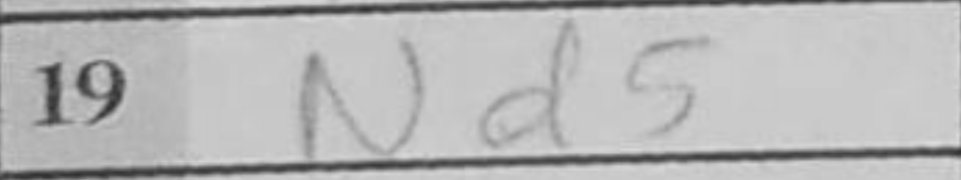
Transcription: Nd5